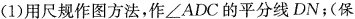
(1)用尺规作图方法，作\angleADC的平分线DN；(保